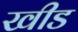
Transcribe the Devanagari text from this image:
खीड